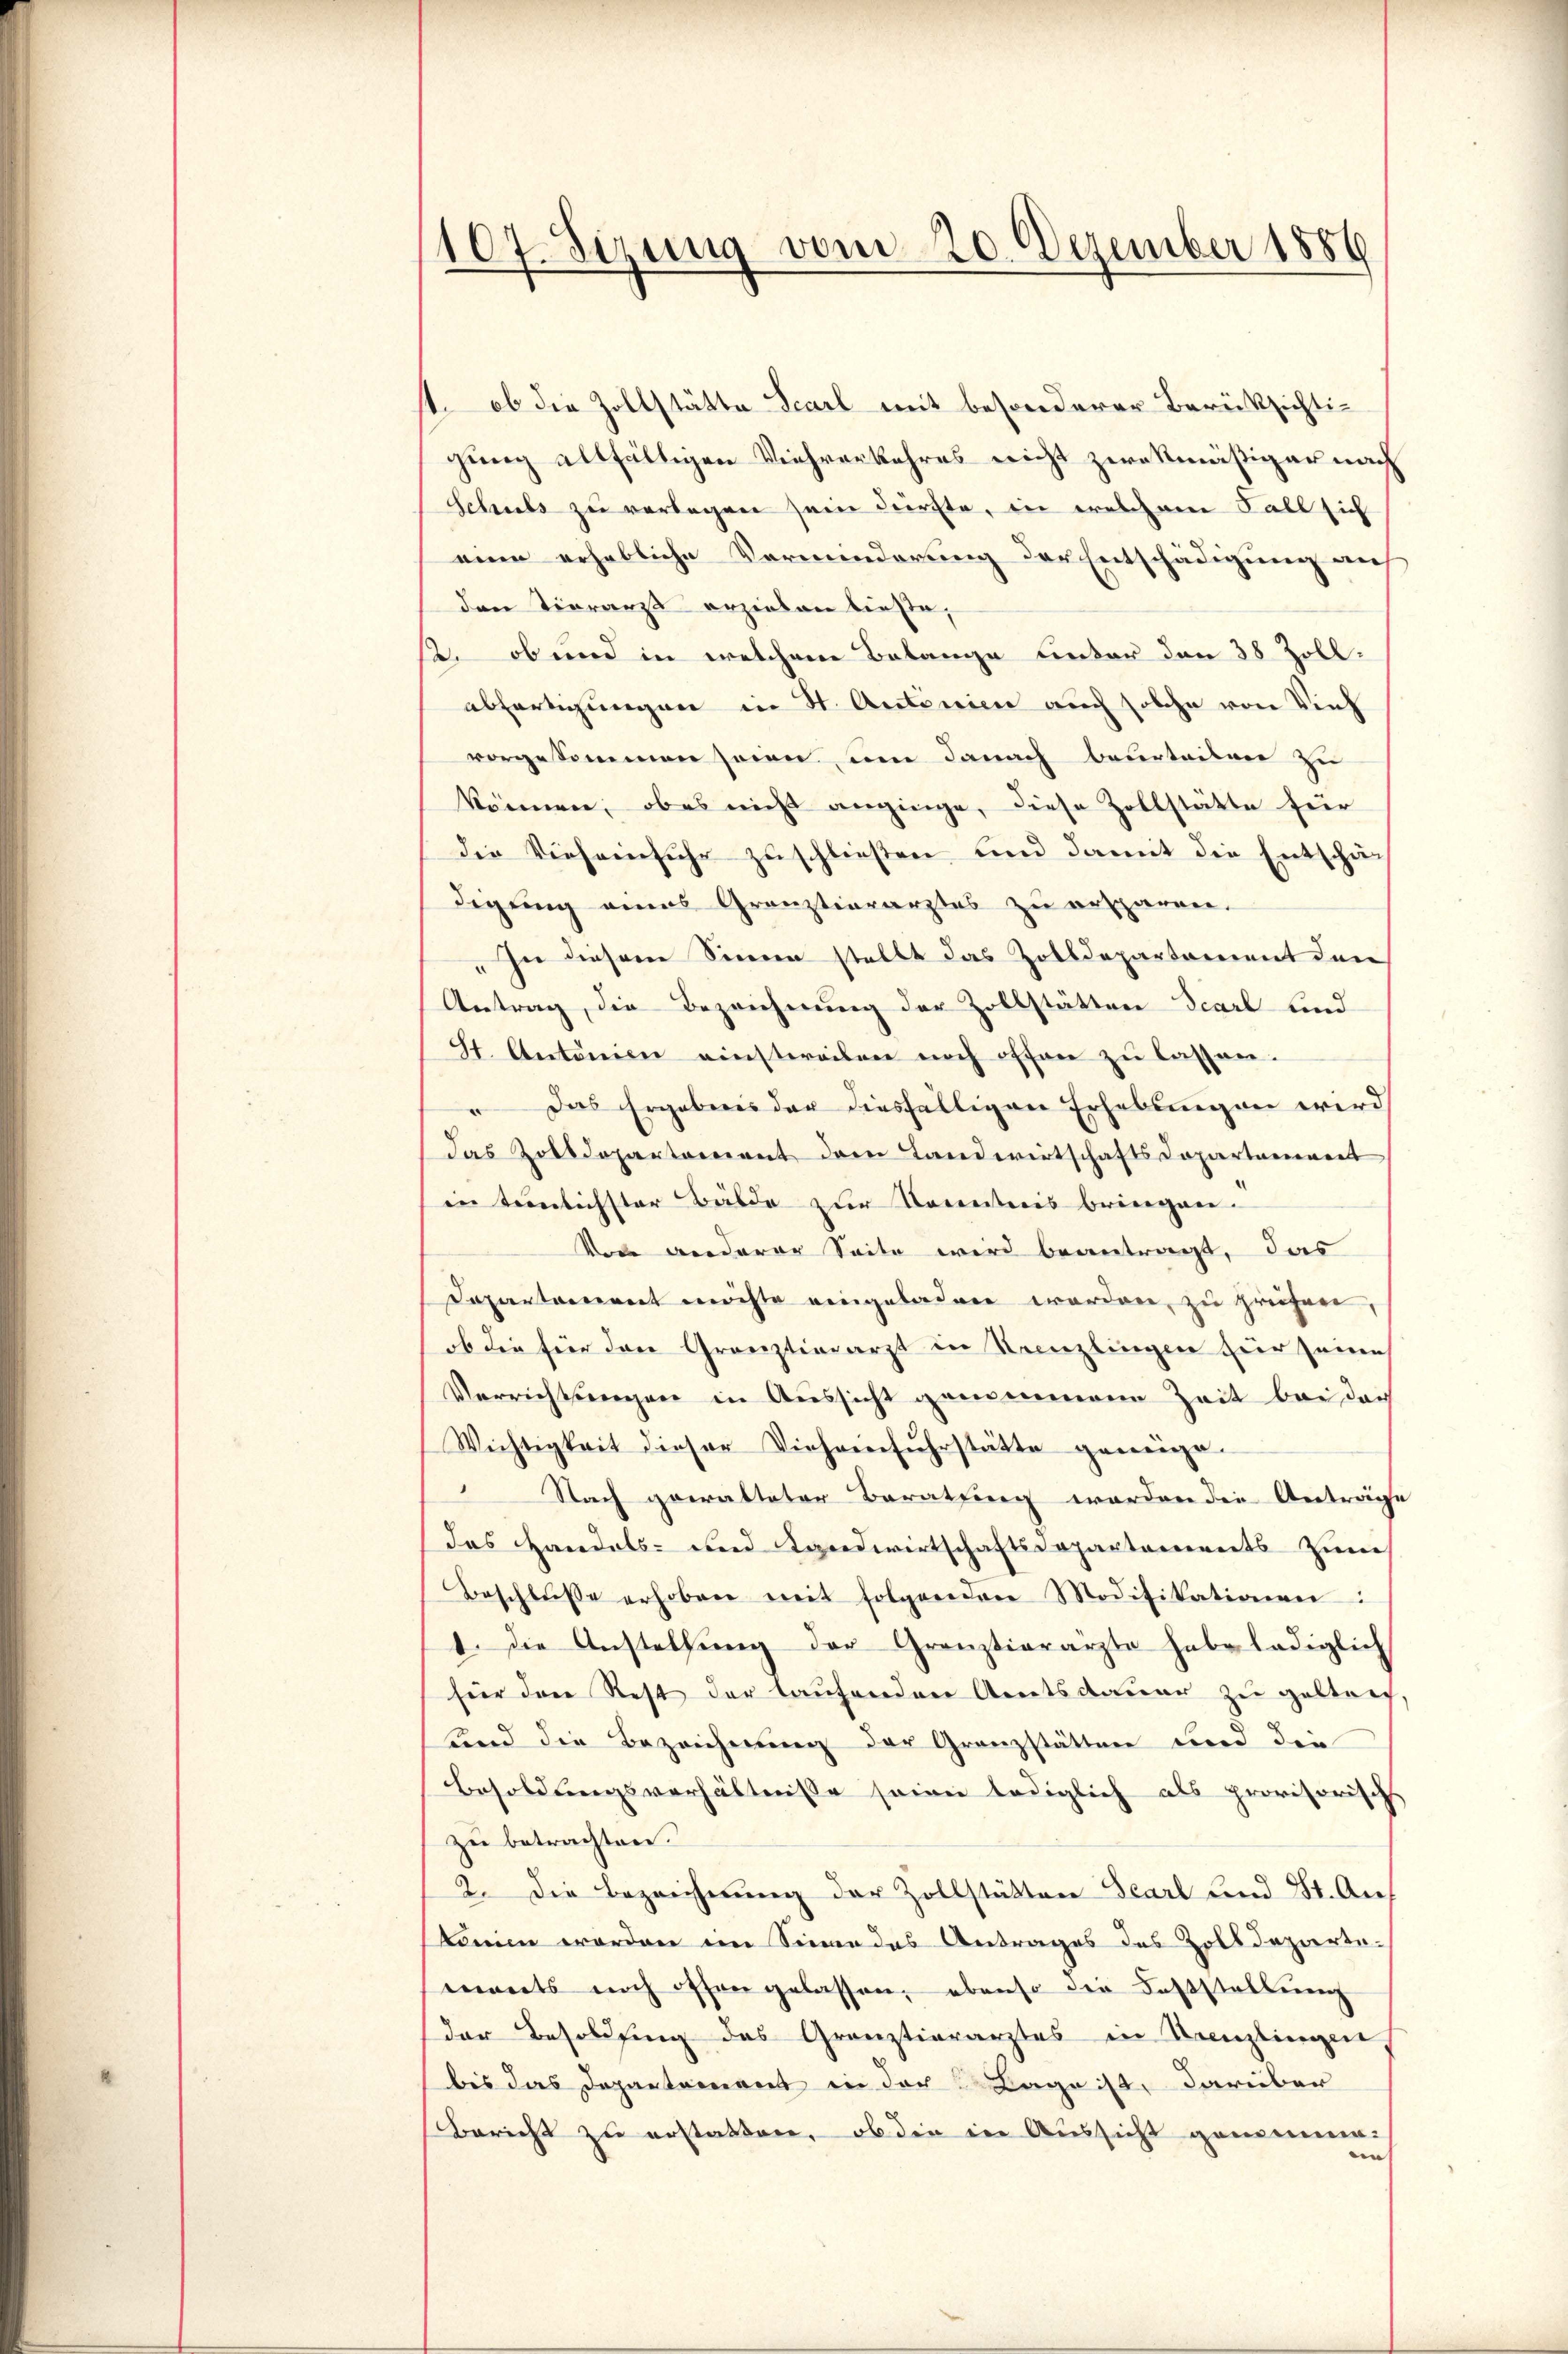
107. Sizung vom 20. Dezember 1889

1. ob die Zollstätte Scarl mit besonderer Berücksichtigung allfältigen Viehverkehres nicht zwekmäßiger nach
Schuls zu verlegen sein dürfte, in welchem Fall sich
eine erhebliche Verminderung der Entschädigung auf
den Tierarzt erziehen lieste,
2. ob und in welchem Belange unter den 38 Zollabfertigungen in H. Antonien auch solche von Vieh
vorgekommen seien, um danach beurteilen zu
können, ob es nicht anginge, diese Zollstätte für
die Vieheinfuhr zuschließen und damit die Entschädigung eines Granztierarztes zu ersparen.
„In diesem Sinne stellt das Zolldepartement den
Antrag, die Bezeichnung der Zollstätten Scarl sind
St. Antonien einstweilen noch offen zu lassen.
" Das Ergebens der diesfälligen Erhebungen wird
das Zolldepartement dem Landwirtschaftsdepartament
in trönlichster Bälde zur Kenntnis bringen.
Von anderer Seite wird beantragt, das
Departement möchte eingeladen werden, zu prüfen,
ob die für den Grauztierarzt in Krenzlingen für seine
Verrichtungen in Aussicht gemeinen Zeit bei der
Wichtigkeit dieser Vieheinfuhrstätte genüge.
 Nach gewalteter Beratung werden die Anträge
das Handels- und Landwirtschaftsdepartanereits zum
Beschlŭsse erhoben mit folgenden Modifikationen:
1. Die Anstellŭng der Grenztierärzte habe lediglich
für den Rest der laufenden Amtsdauer zu geltrech,
und die Bezeichnung der Granzstätten und die
Besoldungsverhältnisse seine lediglich als provisorische
zu betrachten.
2. Die Bezeichnung der Zollstätten Teart und 84. Aukonien worden im Sinne des Antrages des Zolldepartements noch offen gelassen, ebenso die Fasstellŭng
der Besoldung des Grauztierarztes in Kreuzlingen
bis das Departement in der Lage ist, darüber
Bericht zu erstatten, ob die in Aussicht gemeinen-
n |